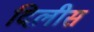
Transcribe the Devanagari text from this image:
दिलीस